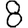
Digit: 8